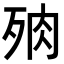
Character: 𣧻